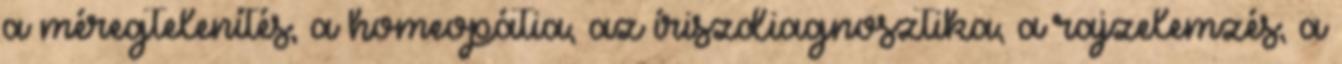
a méregtelenítés, a homeopátia, az íriszdiagnosztika, a rajzelemzés, a